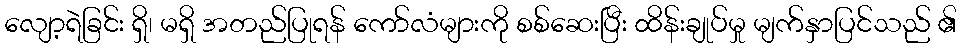
လျော့ရဲခြင်း ရှိ၊ မရှိ အတည်ပြုရန် ကော်လံများကို စစ်ဆေးပြီး ထိန်းချုပ်မှု မျက်နှာပြင်သည် ၏